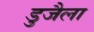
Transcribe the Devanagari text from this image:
डुजैला